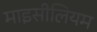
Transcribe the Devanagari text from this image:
माइसीलियम